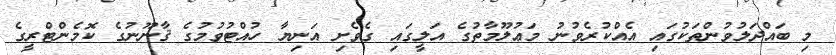
މި ބައްދަލުވުންތަކުގައި އެއްކުރެވުނު މަޢުލޫމާތުގެ އަލީގައި ގެވެށި އަނިޔާ ހުއްޓުވުމުގެ ޤާނޫނުގެ ކޮމެންޓްރީގެ